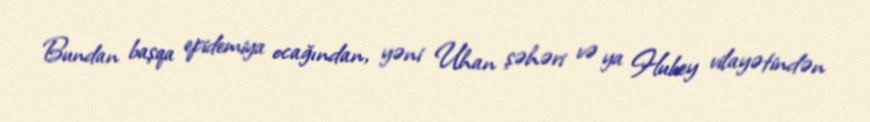
Bundan başqa epidemiya ocağından, yəni Uhan şəhəri və ya Hubey vilayətindən